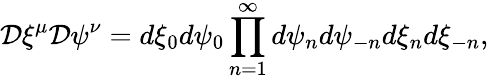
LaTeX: {\cal D}\xi^{\mu}{\cal D}\psi^{\nu}=d\xi_{0}d\psi_{0}\prod_{n=1}^{\infty}d\psi_{n}d\psi_{-n}d\xi_{n}d\xi_{-n},